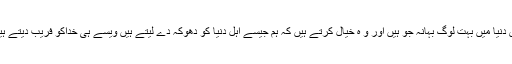
اس دنیا میں بہت لوگ بہانہ جوُ ہیں اور و ہ خیال کرتے ہیں کہ ہم جیسے اہل دنیا کو دھوکہ دے لیتے ہیں ویسے ہی خداکو فریب دیتے ہیں۔